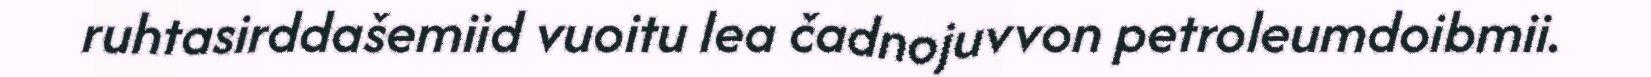
ruhtasirddašemiid vuoitu lea čadnojuvvon petroleumdoibmii.